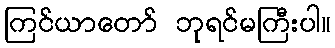
ကြင်ယာတော် ဘုရင်မကြီးပါ။